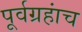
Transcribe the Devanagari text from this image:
पूर्वग्रहांच